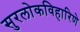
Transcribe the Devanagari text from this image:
सुरलोकविहारिणे